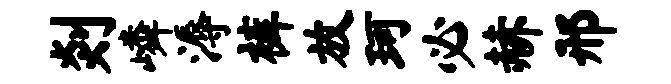
剡嶙溽裤放珂必赫邢